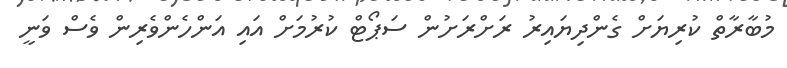
މުބާރާތް ކުރިޔަށް ގެންދިޔައިރު ރަށްރަށުން ސަޕޯޓް ކުރުމަށް އައި އަންހެންވެރިން ވެސް ވަނީ